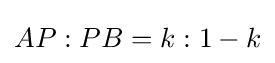
AP:PB=k:1-k